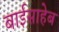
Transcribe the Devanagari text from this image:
बाईसाहेब